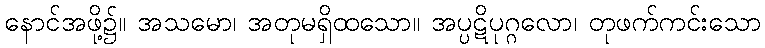
နောင်အဖို့၌။ အသမော၊ အတုမရှိထသော။ အပ္ပဋိပုဂ္ဂလော၊ တုဖက်ကင်းသော